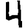
Digit: 4